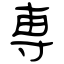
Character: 専